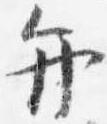
弁